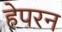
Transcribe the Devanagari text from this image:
हेपरन